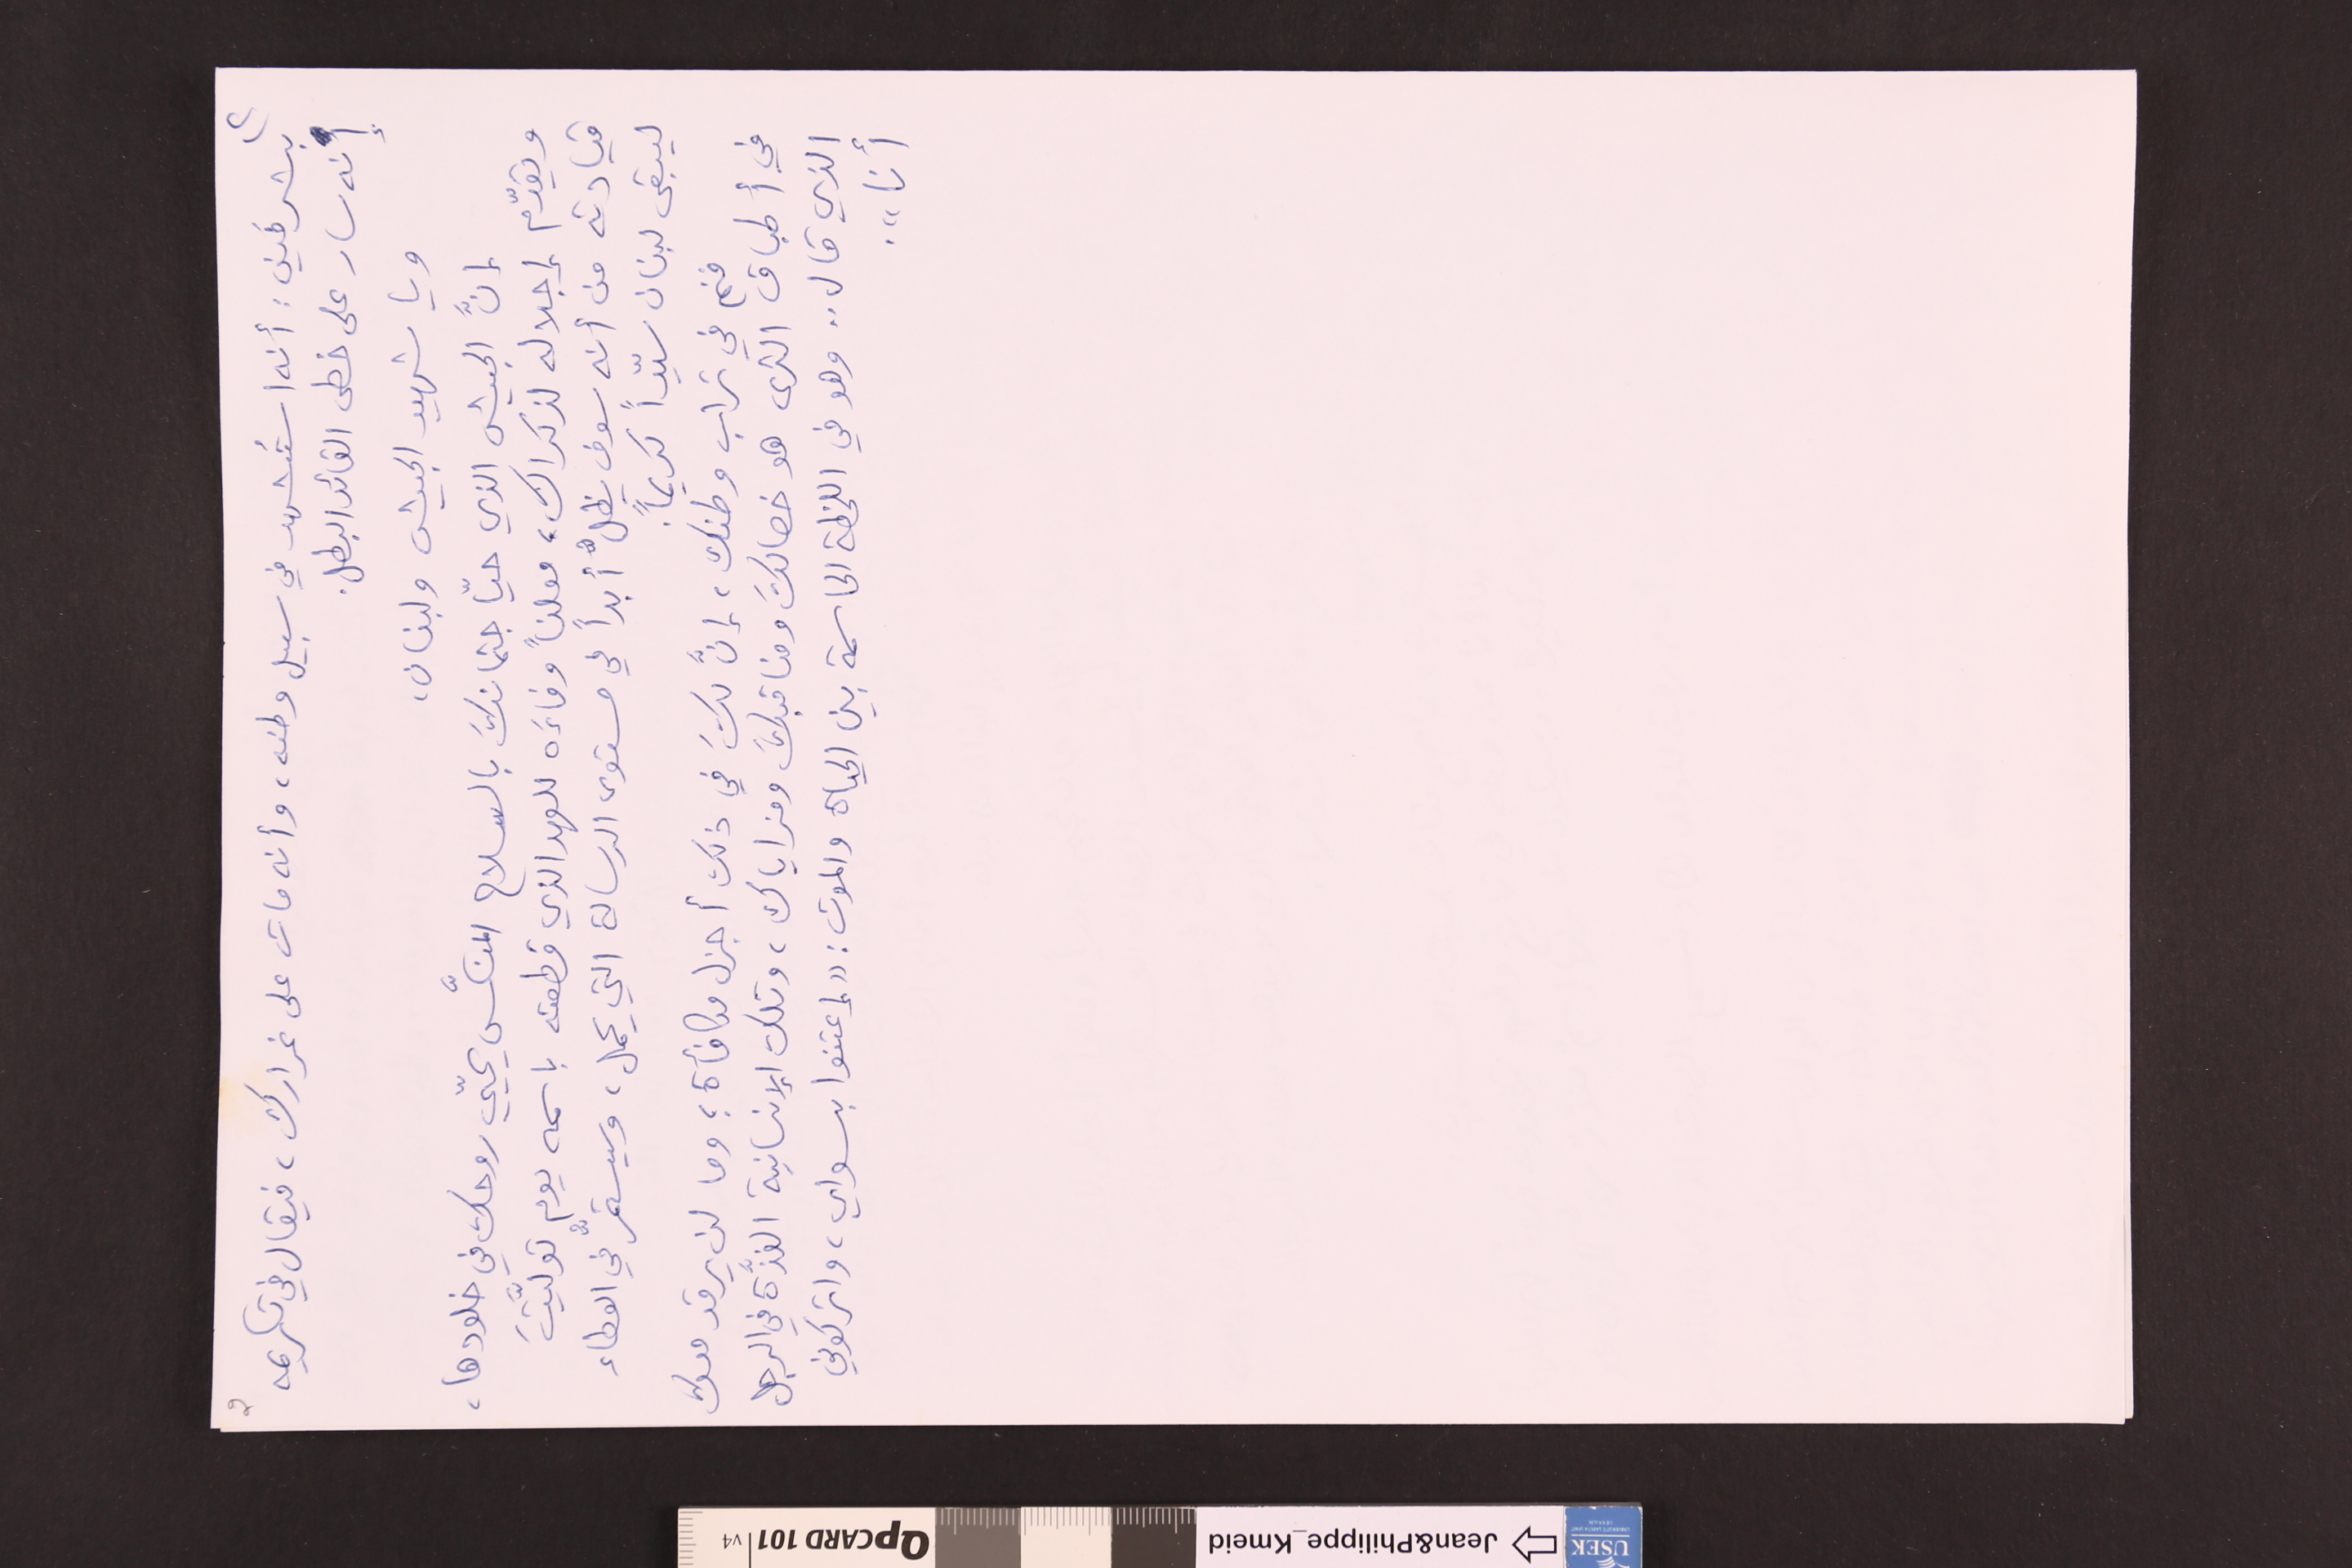
2 							(٢
بشرفَين : أنه استُشهد في سبيل وطنه، وأنه مات على غرارك، فيقال في تكريمه
إنه سار على خطى القائد البطل.
ويا شهيد الجيش ولبنان،
انَّ الجيش الذي حيّا جثمانكَ بالسلاح المنكَّس يحيّي روحك في خلودها،
ويقدّم إجلاله لذكراك، معلناً وفاءَه للعهد الذي قطعته باسمه يوم تولَّيتَ
قيادته من أنه سوف يظلُّ أبداً في مستوى الرسالة التي يحمل، وسيستمرُّ في العطاء
ليبقى لبنان سيّداً كريماً.
فنم في تراب وطنك، إنَّ لكَ في ذلك أجزل مكافأة ؛ وما لن يرقد معك
في أطباق الثرى هو خصالكَ ومناقبكَ ومزاياك، وتلك الإنسانية الفذّة في الرجل
الذي قال .. وهو في اللحظة الحاسمة بين الحياة والموت : "إعتنوا بسواي، واتركوني
أنا".